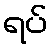
ရပ်